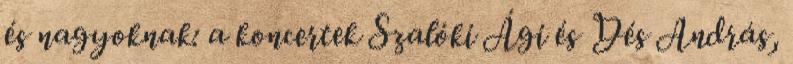
és nagyoknak: a koncertek Szalóki Ági és Dés András,